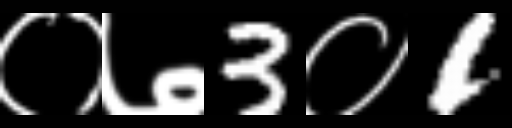
Text: ०७3०1